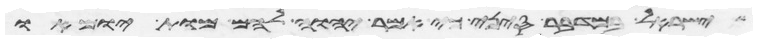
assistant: ישראל במדבר סיני כי אמר יהוה להם מות ימותו